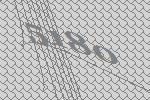
5180